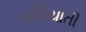
ચઢિયાતી